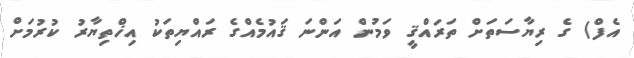
އެފް) ގެ ރިޔާސަތަށް ތަރައްޤީ ވަމުން އަންނަ ޤައުމެއްގެ ރައްޔިތަކު އިޚްތިޔާރު ކުރުމަށް